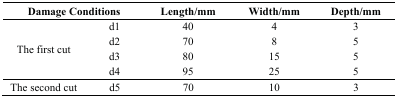
| <COLSPAN=2> Damage Conditions | Length/mm | Width/mm | Depth/mm |
 | --- | --- | --- | --- | --- |
 | <ROWSPAN=4> The first cut | d1 | 40 | 4 | 3 |
 | d2 | 70 | 8 | 5 |
 | d3 | 80 | 15 | 5 |
 | d4 | 95 | 25 | 5 |
 | The second cut | d5 | 70 | 10 | 3 |